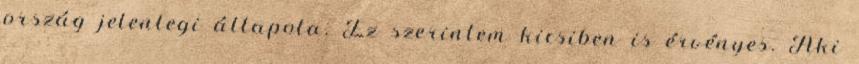
ország jelenlegi állapota. Ez szerintem kicsiben is érvényes. Aki